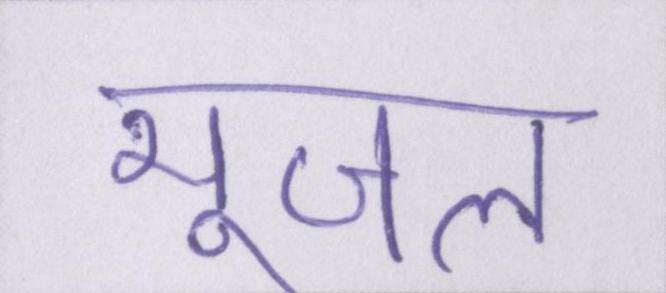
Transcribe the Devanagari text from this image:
भूजल